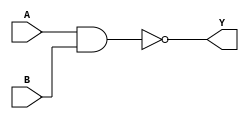
module NAND2 (
	input A, B,
	output Y
);
	assign Y = !(A & B);
endmodule